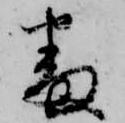
番